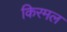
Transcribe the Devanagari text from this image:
किरमल